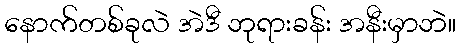
နောက်တစ်ခုလဲ အဲဒီ ဘုရားခန်း အနီးမှာဘဲ။